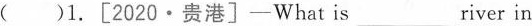
( )1.[2020·贵港]-What is___river in